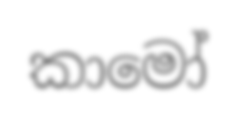
කාමෝ